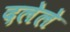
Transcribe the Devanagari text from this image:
दलेले